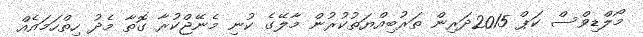
މޯލްޑިވްސް ކަޕް 2015ދަރިން ތަރުބިއްޔަތުކުރުން މާލޭގެ ކުނި މެނޭޖްކުރާ ގޮތާ މެދު ހިތްހަމައެއް